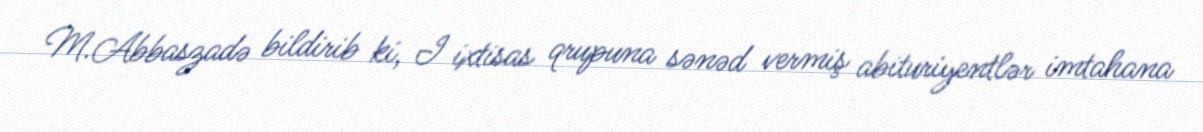
M.Abbaszadə bildirib ki, I ixtisas qrupuna sənəd vermiş abituriyentlər imtahana